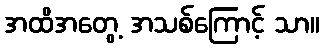
အထိအတွေ့ အသစ်ကြောင့် သာ။